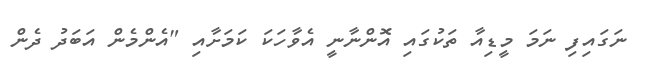
ނަގައިފި ނަމަ މީޑިއާ ތަކުގައި އޮންނާނީ އެވާހަކަ ކަމަށާއި "އެންމެން އަބަދު ދެން